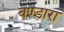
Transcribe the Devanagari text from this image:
बण्डारा